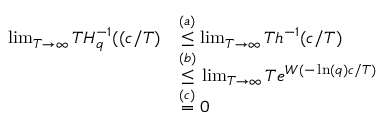
\begin{array} { r l } { \operatorname* { l i m } _ { T \rightarrow { \infty } } T H _ { q } ^ { - 1 } ( ( c / T ) } & { \overset { ( a ) } { \leq } \operatorname* { l i m } _ { T \rightarrow { \infty } } T h ^ { - 1 } ( c / T ) } \\ & { \overset { ( b ) } { \leq } \operatorname* { l i m } _ { T \rightarrow { \infty } } T e ^ { W ( - \ln ( q ) c / T ) } } \\ & { \overset { ( c ) } { = } 0 } \end{array}